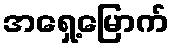
အရှေ့မြောက်